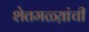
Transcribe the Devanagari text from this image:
शेतमळ्य़ांची